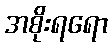
အစိုးရရော